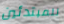
للمبتدئين